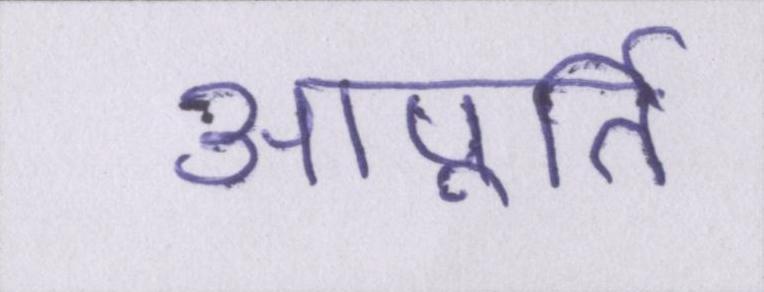
आपूर्ति